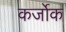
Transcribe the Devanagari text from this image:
कर्जोक